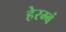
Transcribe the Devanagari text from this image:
हेरम्बं